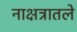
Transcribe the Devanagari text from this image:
नाक्षत्रातले